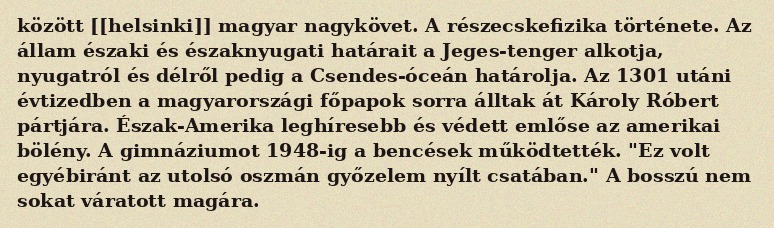
között [[helsinki]] magyar nagykövet. A részecskefizika története. Az állam északi és északnyugati határait a Jeges-tenger alkotja, nyugatról és délről pedig a Csendes-óceán határolja. Az 1301 utáni évtizedben a magyarországi főpapok sorra álltak át Károly Róbert pártjára. Észak-Amerika leghíresebb és védett emlőse az amerikai bölény. A gimnáziumot 1948-ig a bencések működtették. "Ez volt egyébiránt az utolsó oszmán győzelem nyílt csatában." A bosszú nem sokat váratott magára.